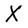
Character: X